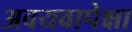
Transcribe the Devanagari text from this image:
अवयवापेक्षा